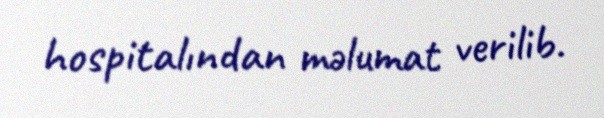
hospitalından məlumat verilib.